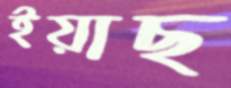
ইয়াছ